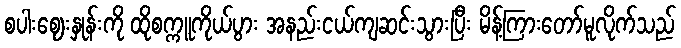
စပါးဈေးနှုန်းကို ထိုစက္ကူကိုယ်ပွား အနည်းငယ်ကျဆင်းသွားပြီး မိန့်ကြားတော်မူလိုက်သည်